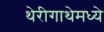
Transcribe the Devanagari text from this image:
थेरीगाथेमध्ये